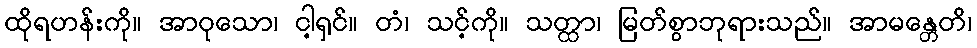
ထိုရဟန်းကို။ အာဝုသော၊ ငါ့ရှင်။ တံ၊ သင့်ကို။ သတ္ထာ၊ မြတ်စွာဘုရားသည်။ အာမန္တေတိ၊